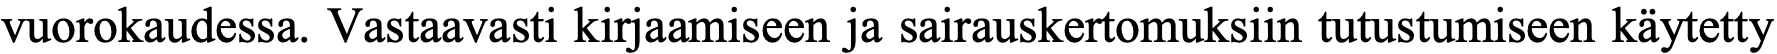
vuorokaudessa. Vastaavasti kirjaamiseen ja sairauskertomuksiin tutustumiseen käytetty